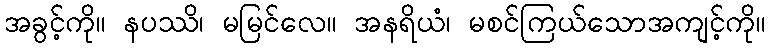
အခွင့်ကို။ နပဿိ၊ မမြင်လေ။ အနရိယံ၊ မစင်ကြယ်သောအကျင့်ကို။